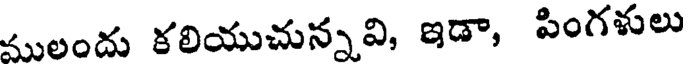
ములందు కలియుచున్నవి, ఇడా, పింగళులు